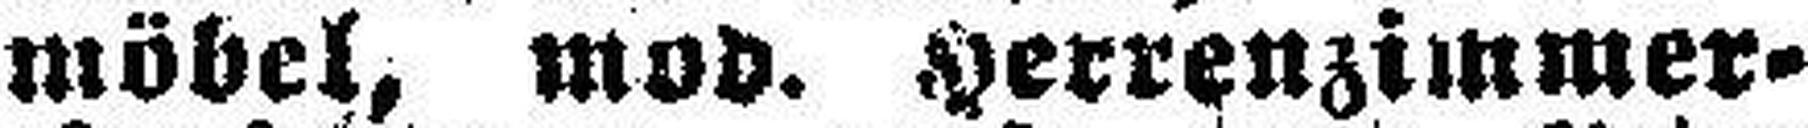
möbel, mod. Herrenzimmer¬